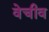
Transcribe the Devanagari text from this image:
वेचीव